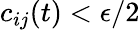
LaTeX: c_{ij}(t)<\epsilon/2